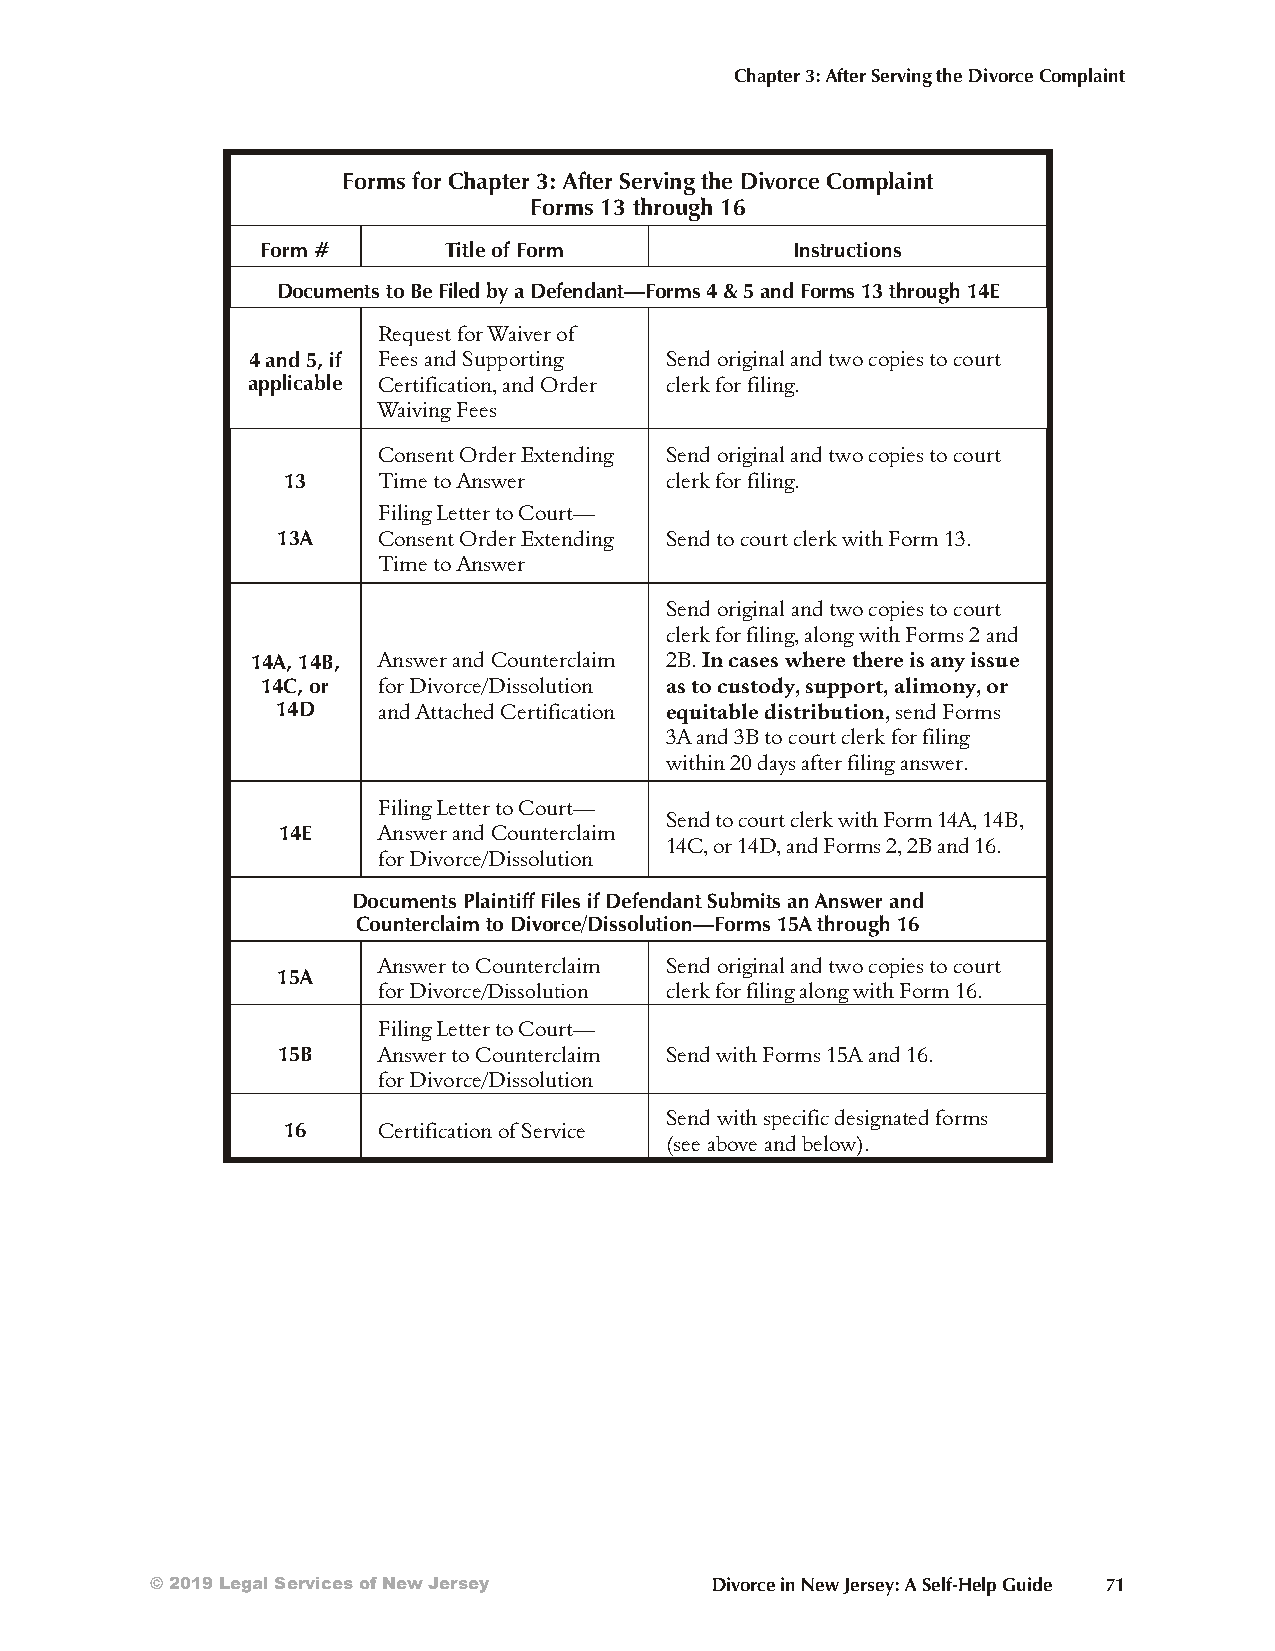
Chapter 3: After Serving the Divorce Complaint
 Forms for Chapter 3: After Serving the Divorce Complaint
 Forms 13 through 16
 Form #      Title of Form          Instructions
 Documents to Be Filed by a Defendant—Forms 4 & 5 and Forms 13 through 14E
 Request for Waiver of
 4 and 5, if Fees and Supporting Send original and two copies to court
 applicable Certification, and Order clerk for filing.
 Waiving Fees
 Consent Order Extending Send original and two copies to court
 13    Time to Answer     clerk for filing.
 Filing Letter to Court—
 13A    Consent Order Extending Send to court clerk with Form 13.
 Time to Answer
 Send original and two copies to court
 clerk for filing, along with Forms 2 and
 14A, 14B, Answer and Counterclaim 2B. In cases where there is any issue
 14C, or for Divorce/Dissolution as to custody, support, alimony, or
 14D    and Attached Certification equitable distribution, send Forms
 3A and 3B to court clerk for filing
 within 20 days after filing answer.
 Filing Letter to Court—
 Send to court clerk with Form 14A, 14B,
 14E    Answer and Counterclaim
 14C, or 14D, and Forms 2, 2B and 16.
 for Divorce/Dissolution
 Documents Plaintiff Files if Defendant Submits an Answer and
 Counterclaim to Divorce/Dissolution—Forms 15A through 16
 Answer to Counterclaim Send original and two copies to court
 15A
 for Divorce/Dissolution clerk for filing along with Form 16.
 Filing Letter to Court—
 15B    Answer to Counterclaim Send with Forms 15A and 16.
 for Divorce/Dissolution
 Send with specific designated forms
 16    Certification of Service
 (see above and below).
 © 2019 Legal Services of New Jersey  Divorce in New Jersey: A Self-Help Guide 71